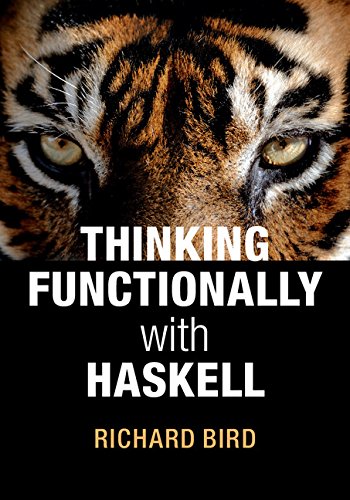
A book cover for Thinking Functionally with Haskell; Richard Bird; Computers & Technology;